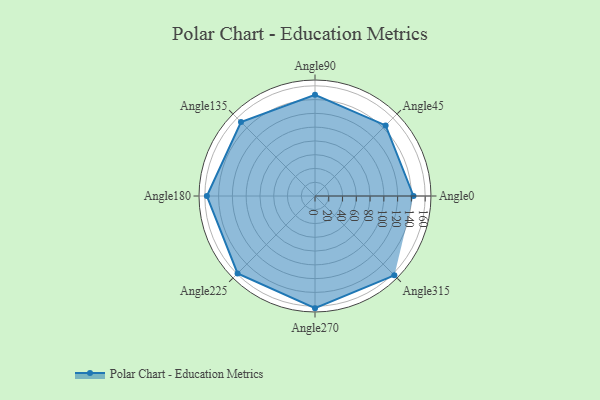
{"axis": {"x": "Angle", "y": "Radius"}, "legend": [""], "data": [{"x": "Angle0", "y": 143.0, "type": ""}, {"x": "Angle45", "y": 145.0, "type": ""}, {"x": "Angle90", "y": 147.0, "type": ""}, {"x": "Angle135", "y": 152.0, "type": ""}, {"x": "Angle180", "y": 157.0, "type": ""}, {"x": "Angle225", "y": 159.0, "type": ""}, {"x": "Angle270", "y": 163.0, "type": ""}, {"x": "Angle315", "y": 163.0, "type": ""}]}